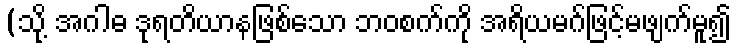
(သို့ အဂါဓ ဒုရတိယာနဖြစ်သော ဘဝစက်ကို အရိယမဂ်ဖြင့်မဖျက်မူ၍